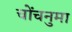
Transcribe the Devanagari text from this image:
चोंचनुमा